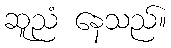
ဆူညံ နေသည်။